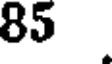
85